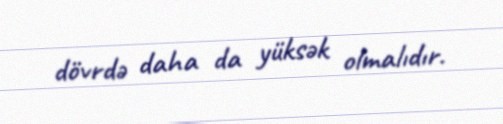
dövrdə daha da yüksək olmalıdır.